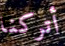
أتركنا